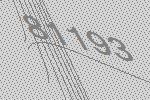
81193